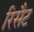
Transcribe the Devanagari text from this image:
रिसैट